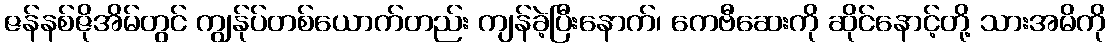
ဇန်နစ်ဇိုအိမ်တွင် ကျွန်ုပ်တစ်ယောက်တည်း ကျန်ခဲ့ပြီးနောက်၊ ကေဗီဆေးကို ဆိုင်နောင့်တို့ သားအမိကို